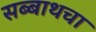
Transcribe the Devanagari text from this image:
सब्बाथचा